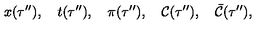
x ( \tau ^ { \prime \prime } ) , \quad t ( \tau ^ { \prime \prime } ) , \quad \pi ( \tau ^ { \prime \prime } ) , \quad { \cal C } ( \tau ^ { \prime \prime } ) , \quad { \bar { \cal C } } ( \tau ^ { \prime \prime } ) ,